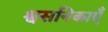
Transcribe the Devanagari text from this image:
श्वसनिकाएँ